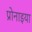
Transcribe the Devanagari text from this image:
प्रोनाइया